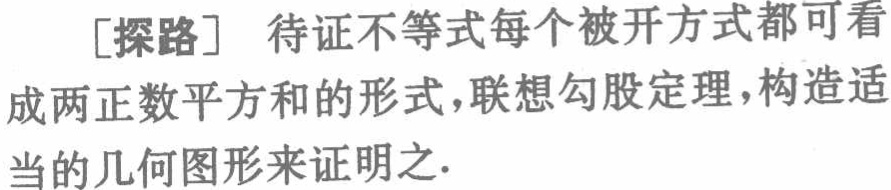
[探路] 待证不等式每个被开方式都可看成两正数平方和的形式，联想勾股定理，构造适当的几何图形来证明之.